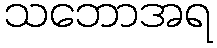
သဘောအရ